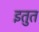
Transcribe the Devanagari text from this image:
इतुत